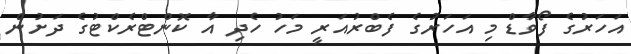
އަހަރުގެ ފޯވާޑް މި އަހަރުގެ ފެބްރުއަރީ މަހު ހެދި އާ ކޮންޓްރެކްޓުގެ ދަށުން